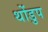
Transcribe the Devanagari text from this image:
थोंडुप